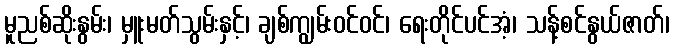
မူညစ်ဆိုးနွမ်း၊ မှူးမတ်သွမ်းနှင့်၊ ချစ်ကျွမ်းဝင်ဝင်၊ ရေးတိုင်ပင်အံ့၊ သန့်စင်နွယ်ဇာတ်၊